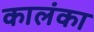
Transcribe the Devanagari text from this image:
कालंका